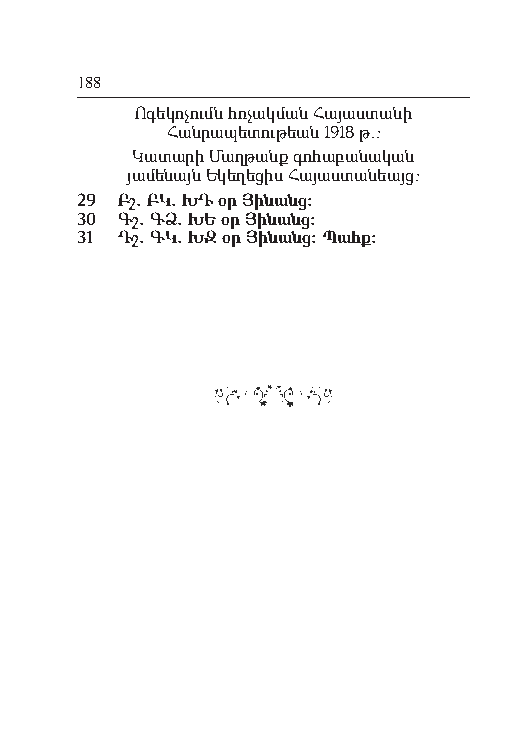
188
 Ո գե կո չումն հռչակ ման Հա յաս տա նի
 Հան րա պե տու թեան 1918 թ.:
 Կա տա րի Մաղ թանք գո հա բա նա կան
 յա մե նայն Ե կե ղե ցիս Հա յաս տա նեայց:
 29 Բշ. ԲԿ. ԽԴ օր Յի նանց:
 30 Գշ. ԳՁ. ԽԵ օր Յի նանց:
 31 Դշ. ԳԿ. ԽԶ օր Յի նանց: Պահք: